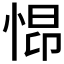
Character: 𱞞